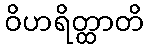
ဝိဟရိတ္ထာတိ